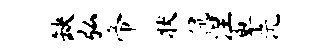
缺弘帝状侃涅卑沅